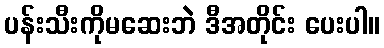
ပန်းသီးကိုမဆေးဘဲ ဒီအတိုင်း ပေးပါ။